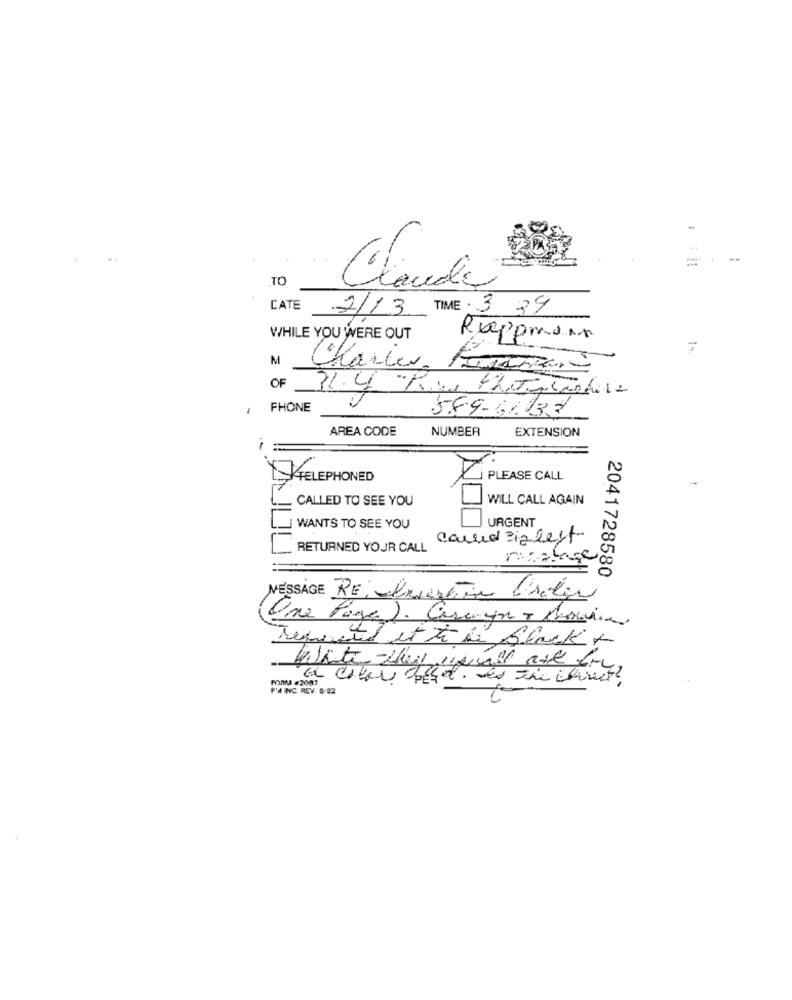
TO
Claude
CATE 2/13 TIME : 3 39
WHILE YOU WERE OUT
Rxpomor
M
Charles.
OF
FHONE
589-61.137
AREA CODE
NUMBER
EXTENSION
TELEPHONED
PLEASE CALL
CALLED TO SEE YOU
WILL CALL AGAIN
URGENT
WANTS TO SEE YOU
Caused ziglest
RETURNED YOUR CALL
2041728580
MESSAGE RE Impertin briten
One Page ). Careyn + Movies
Temted it ti it Black +
FOAM #2007
P'AING REV. OF